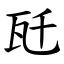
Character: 瓩